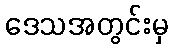
ဒေသအတွင်းမှ